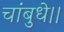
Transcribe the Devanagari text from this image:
चांबुधे।।